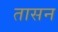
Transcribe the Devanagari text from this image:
तासन